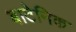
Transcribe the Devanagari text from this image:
बाटेनिक